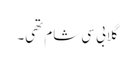
گلابی سی شام تھی۔